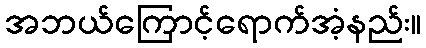
အဘယ်ကြောင့်ရောက်အံ့နည်း။